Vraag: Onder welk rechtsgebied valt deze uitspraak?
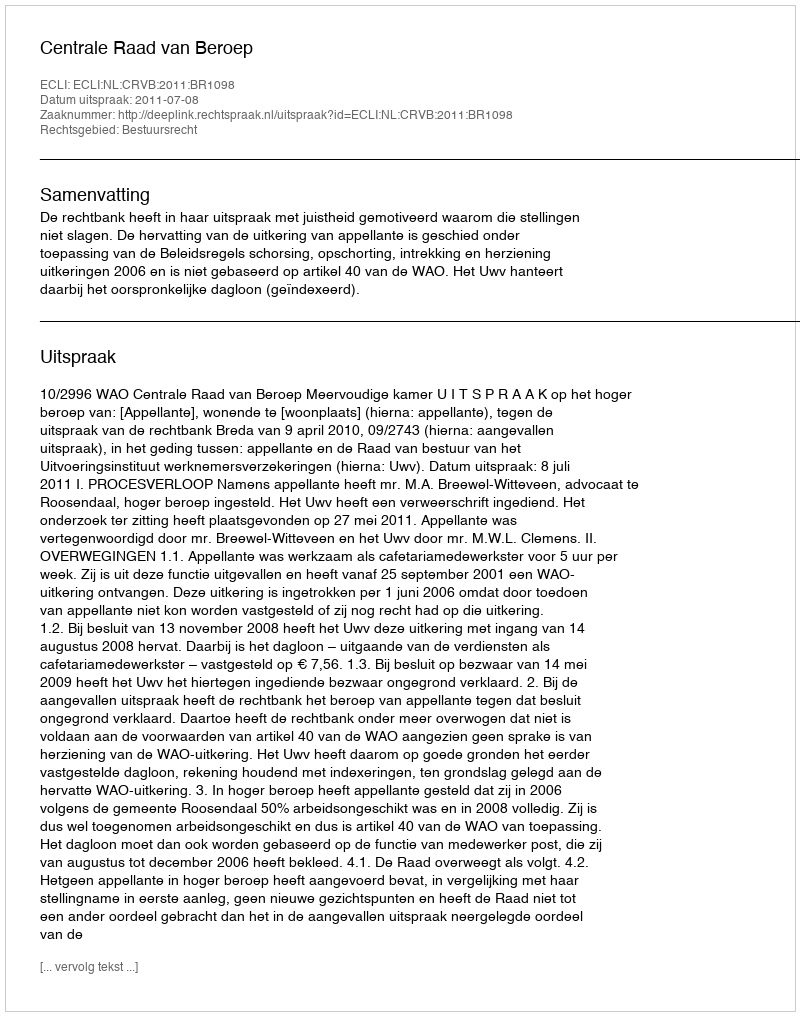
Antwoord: Bestuursrecht